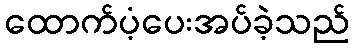
ထောက်ပံ့ပေးအပ်ခဲ့သည်